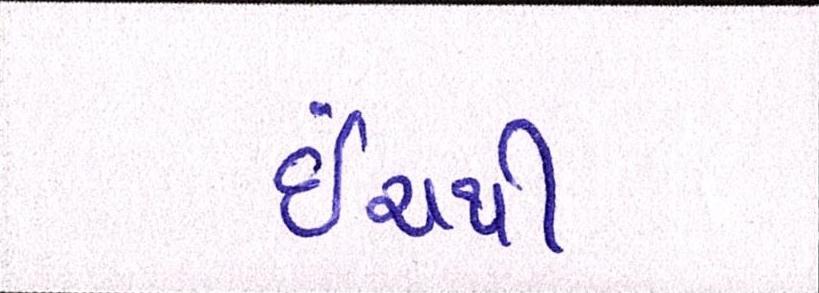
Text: ઇંચથી